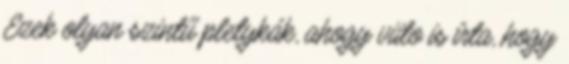
Ezek olyan szintű pletykák, ahogy viito is írta, hogy